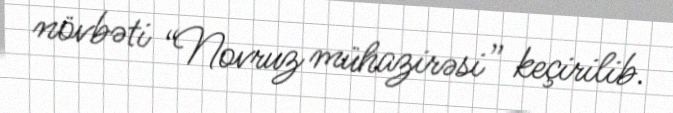
növbəti “Novruz mühazirəsi” keçirilib.